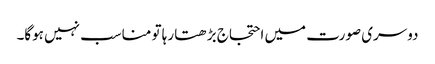
دوسری صورت میں احتجاج بڑھتا رہا تو مناسب نہیں ہوگا۔